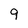
Character: 9